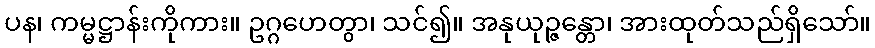
ပန၊ ကမ္မဋ္ဌာန်းကိုကား။ ဥဂ္ဂဟေတွာ၊ သင်၍။ အနုယုဉ္ဇန္တော၊ အားထုတ်သည်ရှိသော်။